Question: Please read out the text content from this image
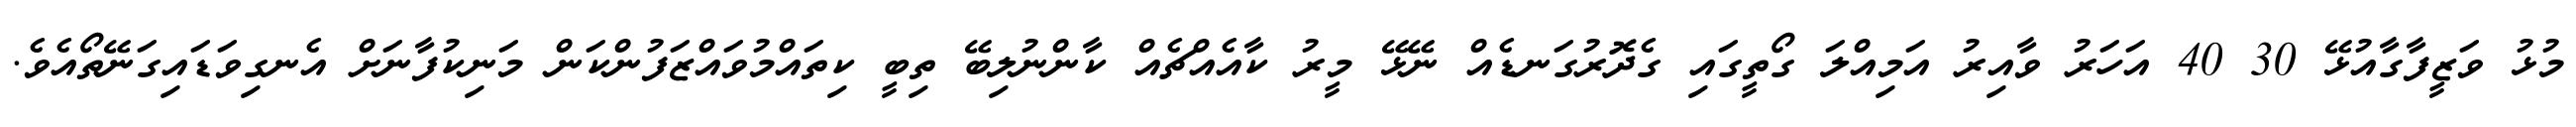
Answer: މުޅު ވަޒީފާގާއުޅޭ 30 40 އަހަރު ވާއިރު އަމިއްލަ ގޯތީގައި ގެދޮރުގަނޑެއް ނޭޅޭ މީރު ކާއެއްޗެއް ކާންނުލިބޭ ތިބީ ކިތައްމުވައްޒަފުންކަން މަނިކުފާނަށް އެނގިވަޑައިގަނޭތޯއެވެ.